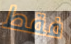
فقط